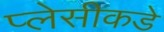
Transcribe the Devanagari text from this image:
प्लेसीकडे